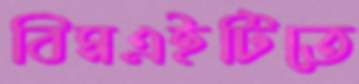
বিমএইটিতে